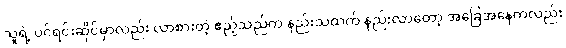
သူရဲ့ ပင်ရင်းဆိုင်မှာလည်း လာစားတဲ့ ဧည့်သည်က နည်းသထက် နည်းလာတော့ အခြေအနေကလည်း